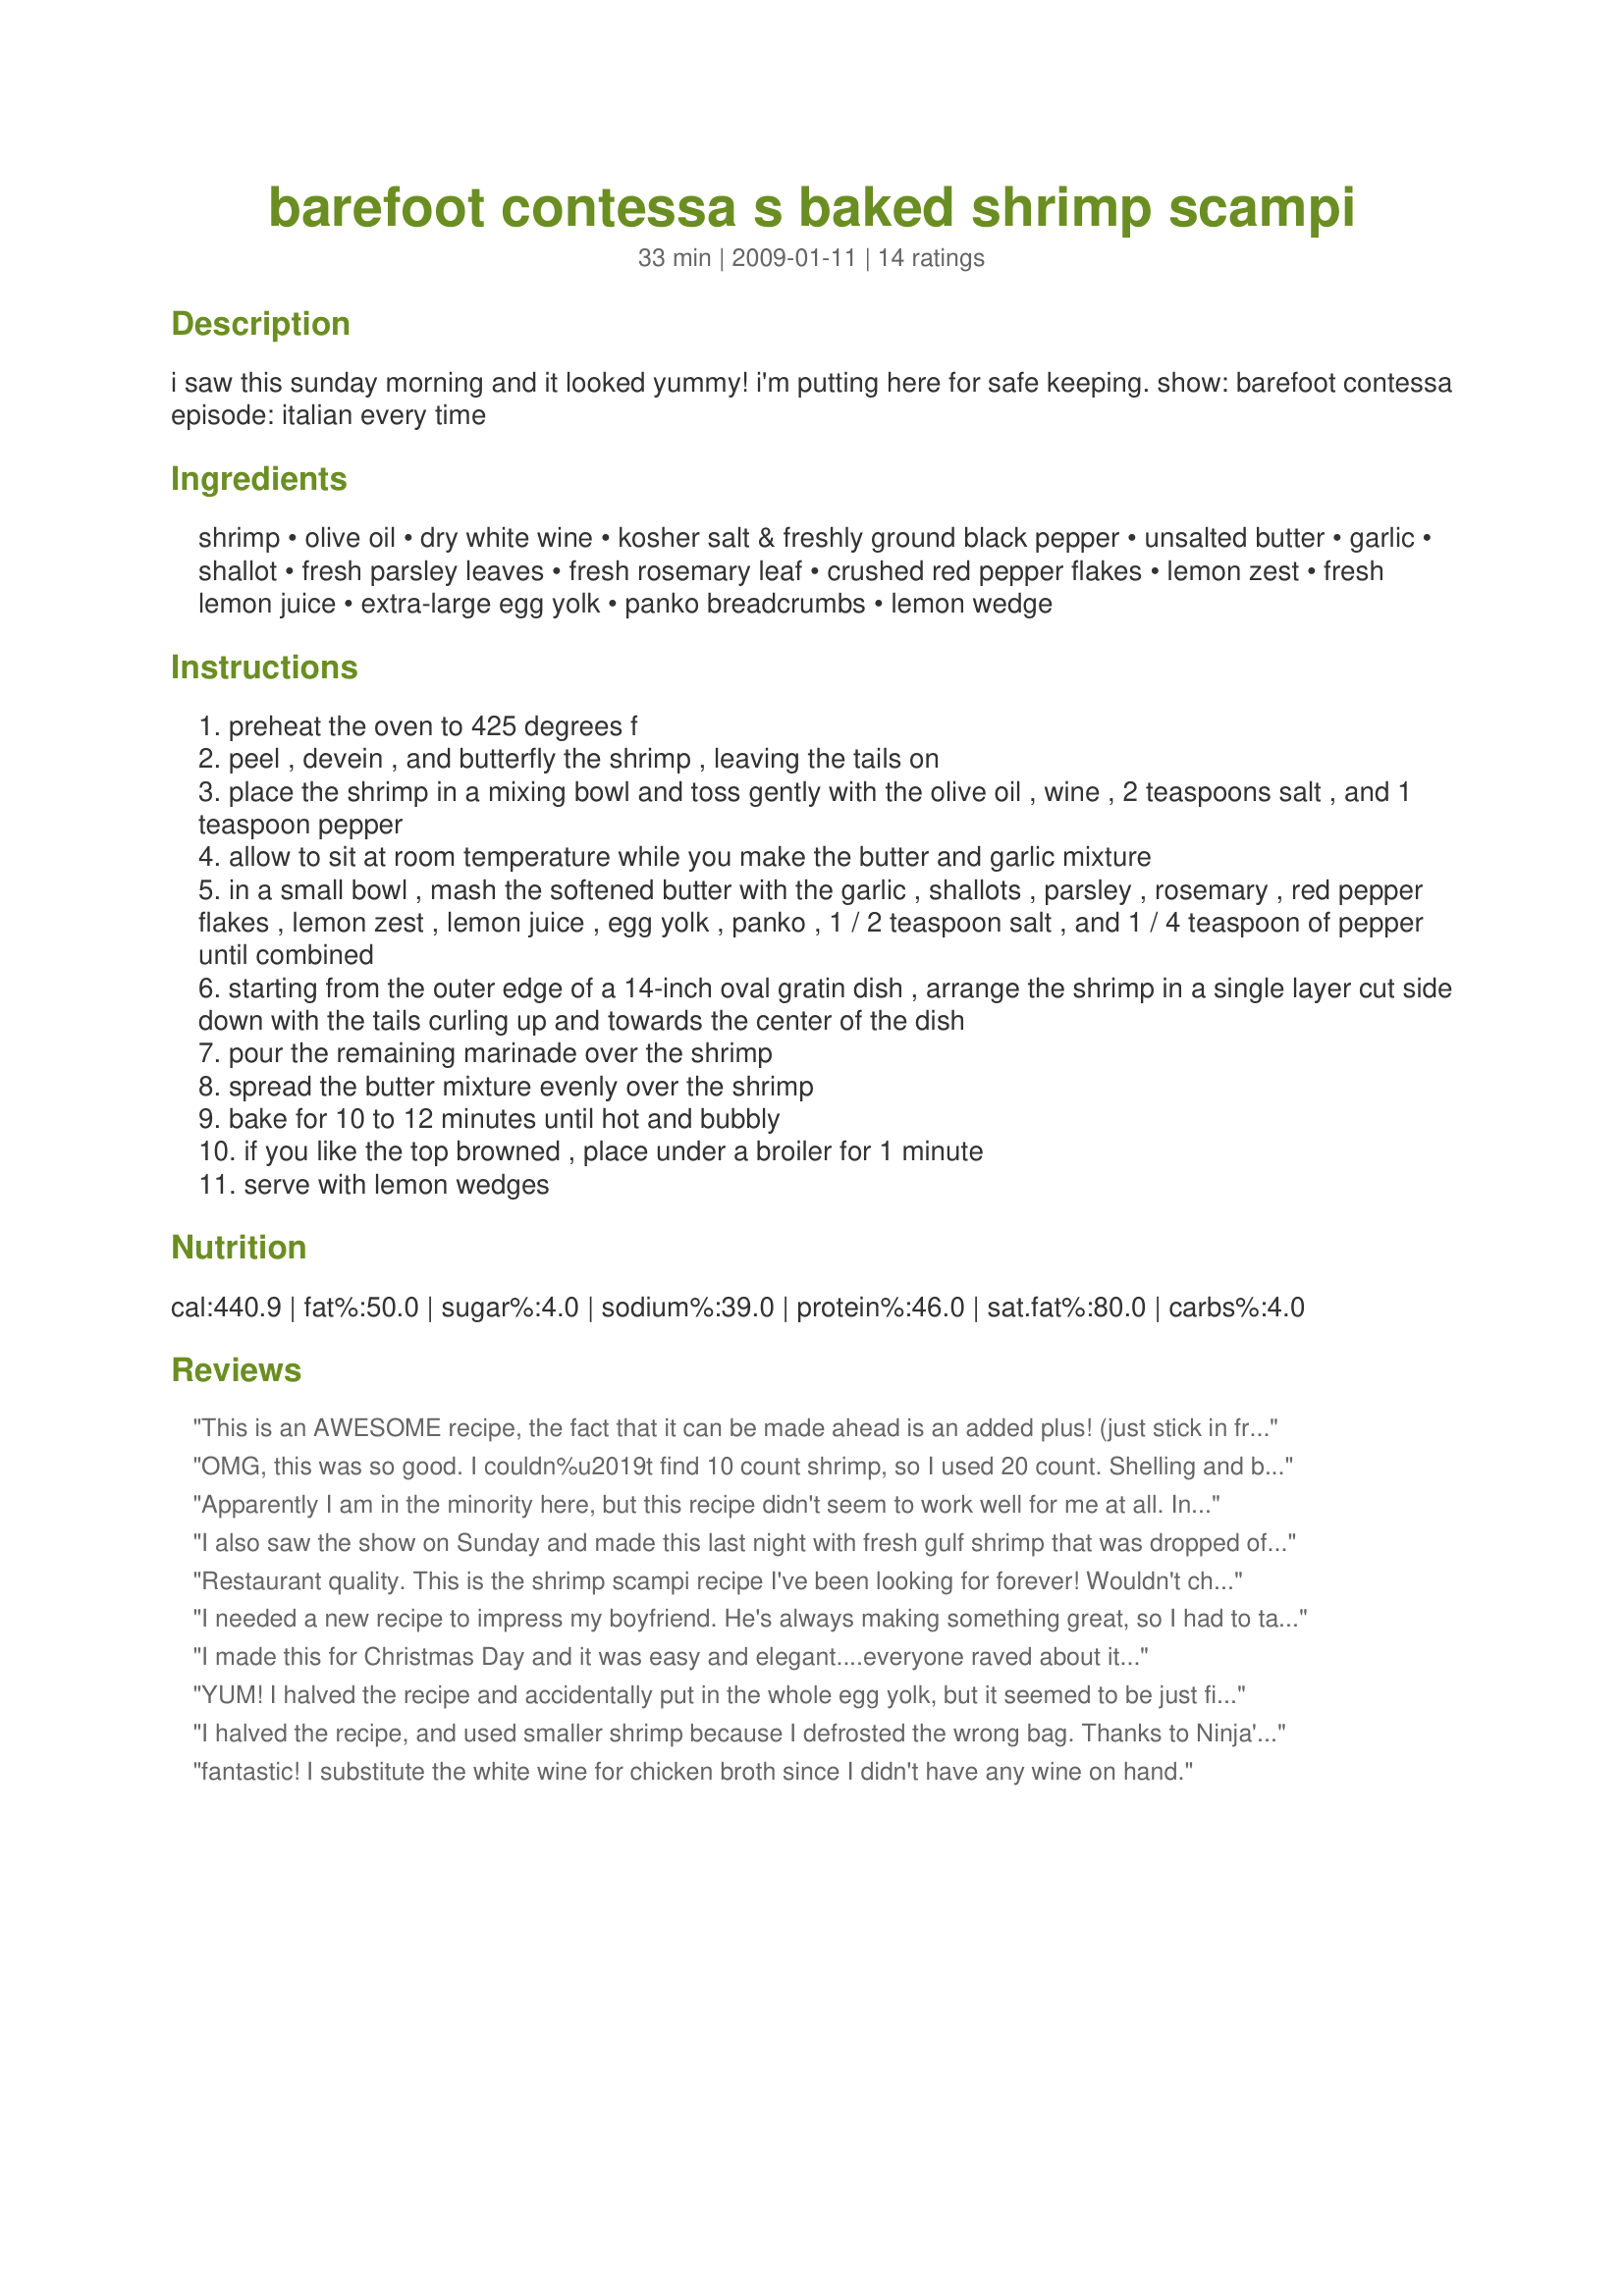
barefoot contessa s baked shrimp scampi
Preparation time: 33 minutes

i saw this sunday morning and it looked yummy! i'm putting here for safe keeping. show: barefoot contessa episode: italian every time

Ingredients:
shrimp, olive oil, dry white wine, kosher salt & freshly ground black pepper, unsalted butter, garlic, shallot, fresh parsley leaves, fresh rosemary leaf, crushed red pepper flakes, lemon zest, fresh lemon juice, extra-large egg yolk, panko breadcrumbs, lemon wedge

Steps:
preheat the oven to 425 degrees f
peel , devein , and butterfly the shrimp , leaving the tails on
place the shrimp in a mixing bowl and toss gently with the olive oil , wine , 2 teaspoons salt , and 1 teaspoon pepper
allow to sit at room temperature while you make the butter and garlic mixture
in a small bowl , mash the softened butter with the garlic , shallots , parsley , rosemary , red pepper flakes , lemon zest , lemon juice , egg yolk , panko , 1 / 2 teaspoon salt , and 1 / 4 teaspoon of pepper until combined
starting from the outer edge of a 14-inch oval gratin dish , arrange the shrimp in a single layer cut side down with the tails curling up and towards the center of the dish
pour the remaining marinade over the shrimp
spread the butter mixture evenly over the shrimp
bake for 10 to 12 minutes until hot and bubbly
if you like the top browned , place under a broiler for 1 minute
serve with lemon wedges

Reviews:
This is an AWESOME recipe, the fact that it can be made ahead is an added plus! (just stick in fridge, bring out to room temp, then bake.) I have served this over linguine or angel hair pasta, both were heavenly. I use only 8 tablespoons of butter, and add fresh grated Parmesan to the top of the mix before baking. If I don't feel like it, sometimes I don't butterfly the shrimp and it is just as good. I put it under the broiler for about 3 minutes to get a nice, crispy finish. I urge you to make this, your family and friends will think they are at a 4-star restaurant! Thanks for posting Luvs. As usual, Ina rocks!
OMG, this was so good. I couldn%u2019t find 10 count shrimp, so I used 20 count. Shelling and butterfling the shrimp was a bit time consuming, but so well worth it. I served at Easter dinner and it was a big success. Thanks for posting.
Apparently I am in the minority here, but this recipe didn't seem to work well for me at all. In step #6 there is mention of pouring the remaining marinade over the shrimp - what leftover marinade? The other steps don't mention holding any marinade back so I didn't get that part. Also, there seems to be far too much butter. My shrimp were swimming in butter part way thru the cooking so I drained it off and continued on. I broiled them for a few minutes to brown and crisp the topping. Shrimp normally disappears quickly at my house, but this time there was over half the dish left and I threw it out. Sorry for the low rating but I want to give an honest rating.
I also saw the show on Sunday and made this last night with fresh gulf shrimp that was dropped off at my home in Florida. It was absolutely delicious and I would make this again. I followed the recipe but did add some garlic to the marinade.
Restaurant quality. This is the shrimp scampi recipe I've been looking for forever! Wouldn't change a thing...perfect as is. Easy enough for a weeknight but sophisticated enough for a dinner party or special occasion.
I needed a new recipe to impress my boyfriend. He's always making something great, so I had to take it to another level and knock his socks off, and this recipe did it! It was so easy to make! I bought the shrimp already de-veined at Costco, it makes the prepping so much quicker. I usually change up the recipe, but I didn't have to with this one, it's fabulous. My boyfriend loved it so much he insisted I make it for his dad on fathers day! Thanks B-Contessa!
I made this for Christmas Day and it was easy and elegant....everyone raved about it...
YUM! I halved the recipe and accidentally put in the whole egg yolk, but it seemed to be just fine. I'd add more garlic next time, but other than that... perfect!!
I halved the recipe, and used smaller shrimp because I defrosted the wrong bag. Thanks to Ninja's review, I just lay the smaller shrimp flat in the dish, and no one was the wiser that I goofed. I used vermouth instead of opening a bottle of wine, and about a tablespoon of mayo instead of half an egg yolk, and I would say those substitutions worked well. Next time (I still have a bag of the large shrimp in my freezer) I will use a broiler safe dish, and broil to get a crispy finish to take this recipe over the top!
fantastic! I substitute the white wine for chicken broth since I didn't have any wine on hand.
What can I say about this extraordinary recipe? It's ultra delicious and just delightful to everyone who tries it! I love scampi, so when I got Ina's new cookbook for Christmas, I focused right in on this scampi variation. I do want to share that if you prefer to remove the tails and not butterfly the shrimp (lay the shrimp down instead of placing them tail side up), there is absolutely no loss in flavor; in fact, this is simply wonderful prepared either way although the way its written is more showy! Love this recipe, LOVE Ina and so appreciate you posting the recipe for everyone to enjoy! Thanks!!
Soooooo amazingly good! This is easy, delicious, and looks gourmet . I added an extra clove of garlic and broiled a few additional minutes to brown the top.
It is the best Shrimp Scampi. The only problem was it didn't cook in 10-12 minutes...It needed more time because the shrimp was still raw. I put it back for another round of time(10-12)mins. and it was fine. So Delicious.
This was so tasty! I made it last night for my boss and it was impressive and delicious! It took a long time to butterfly the shrimp so the next time I make it, I will lay the shrimp on their sides without their tails. This was a fantastic recipe and one I will make over again. Thanks!
